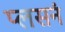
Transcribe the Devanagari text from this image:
प्लसनं